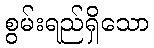
စွမ်းရည်ရှိသော